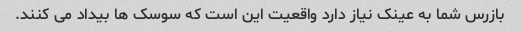
بازرس شما به عینک نیاز دارد واقعیت این است که سوسک ها بیداد می کنند.